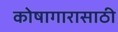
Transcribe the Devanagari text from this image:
कोषागारासाठी